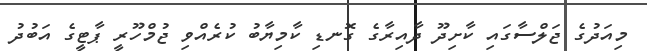
މިއަދުގެ ޖަލްސާގައި ކާށިދޫ ދާއިރާގެ ގޮނޑި ކާމިޔާބު ކުރެއްވި ޖުމްހޫރީ ޕާޓީގެ އަބުދު